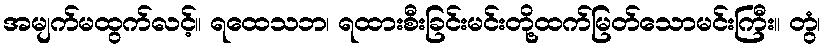
အမျက်မထွက်လင့်။ ရထေသဘ၊ ရထားစီးခြင်းမင်းတို့ထက်မြတ်သောမင်းကြီး။ တွံ၊